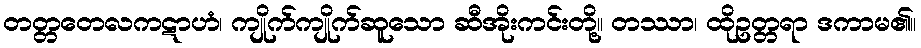
တတ္တတေလကဋာဟံ၊ ကျိုက်ကျိုက်ဆူသော ဆီအိုးကင်းတို့။ တဿာ၊ ထိုဥတ္တရာ ဒကာမ၏။